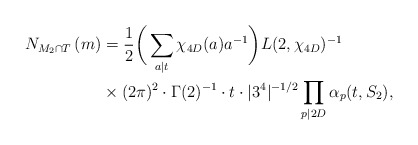
\begin{align*}N_{M_2\cap T}\left(m\right) &= \frac{1}{2}\bigg(\sum_{a\mid t}\chi_{4D}(a)a^{-1}\bigg)L(2,\chi_{4D})^{-1} \\&\times (2\pi)^2\cdot\Gamma(2)^{-1}\cdot t\cdot |3^4|^{-1/2} \prod_{p \mid 2D}\alpha_p(t,S_2),\end{align*}